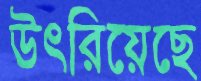
উৎরিয়েছে